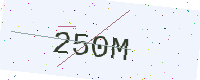
Text: 250M